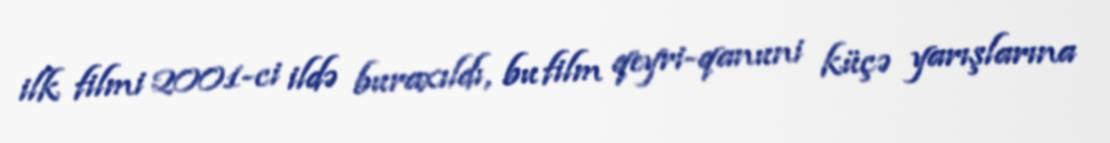
ilk filmi 2001-ci ildə buraxıldı, bu film qeyri-qanuni küçə yarışlarına